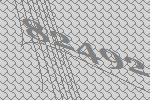
82492